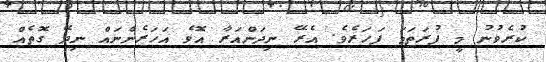
ކުރެވުނު މީ ފުރަތަމަ ފަހަރެވެ. އެރޭ ނިދަންއަރާ އޮވެ އަހަރެންނައް ނިދޭ ގޮތެއް